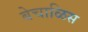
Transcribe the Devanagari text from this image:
बेचाळिस